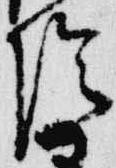
陰